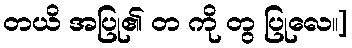
တယိ အပြု၏ တ ကို တွ ပြုလေ။]